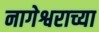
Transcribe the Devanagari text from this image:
नागेश्वराच्या